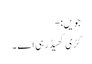
جویں:-
کڑی کھیڈ رہی اے ۔